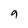
Character: 9